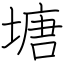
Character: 塘